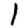
Digit: 1